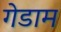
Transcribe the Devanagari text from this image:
गेडाम